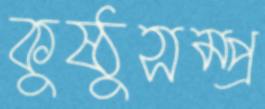
কুষ্ঠুসম্প্র